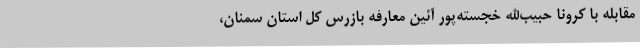
مقابله با کرونا حبیب‌الله خجسته‌پور آئین معارفه بازرس کل استان سمنان،